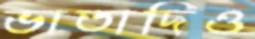
ভাতাদিও